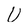
Character: U